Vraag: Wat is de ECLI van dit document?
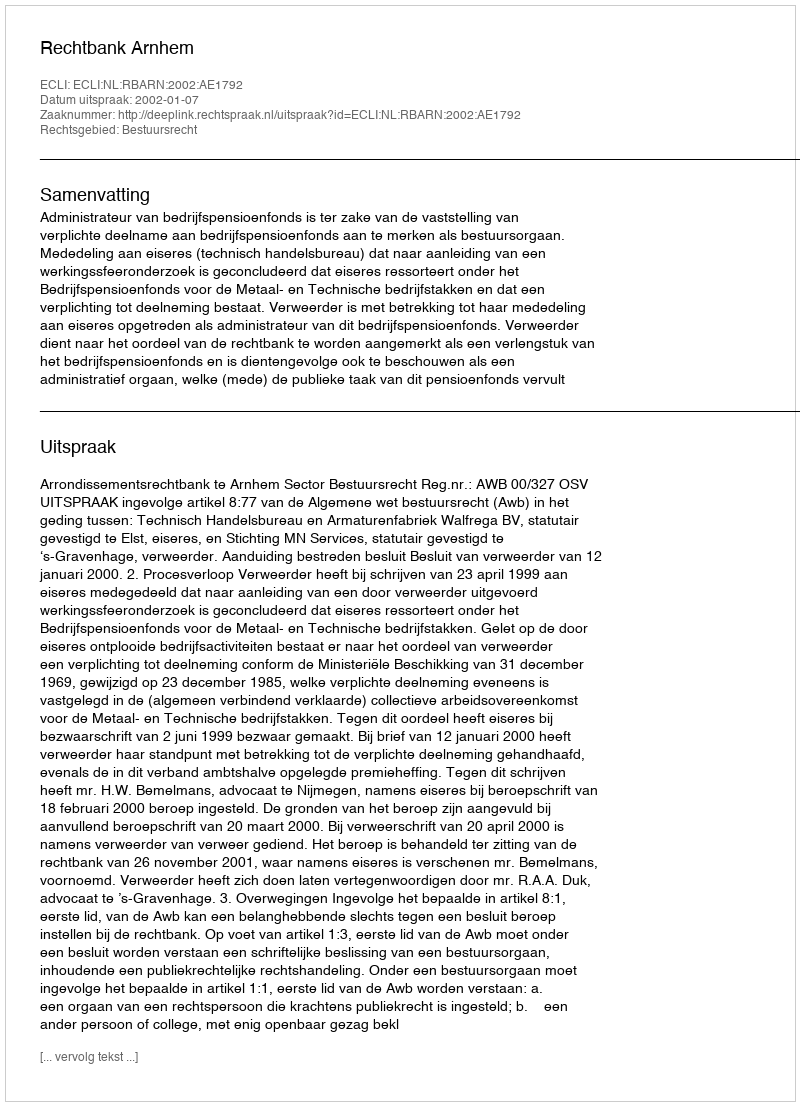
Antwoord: ECLI:NL:RBARN:2002:AE1792